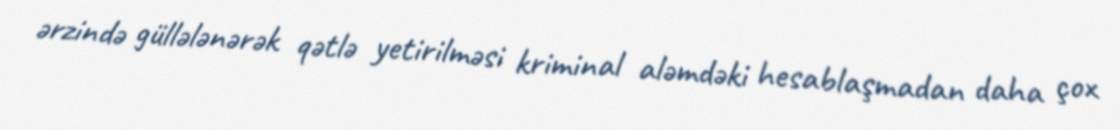
ərzində güllələnərək qətlə yetirilməsi kriminal aləmdəki hesablaşmadan daha çox